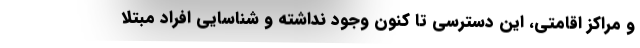
و مراکز اقامتی، این دسترسی تا کنون وجود نداشته و شناسایی افراد مبتلا